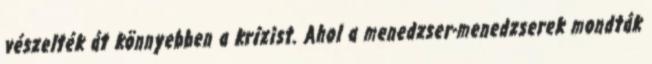
vészelték át könnyebben a krízist. Ahol a menedzser-menedzserek mondták